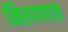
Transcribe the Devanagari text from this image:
निरुपणात